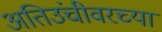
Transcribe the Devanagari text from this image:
अतिउंचीवरच्या